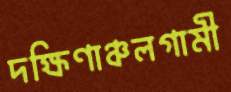
দক্ষিণাঞ্চলগামী